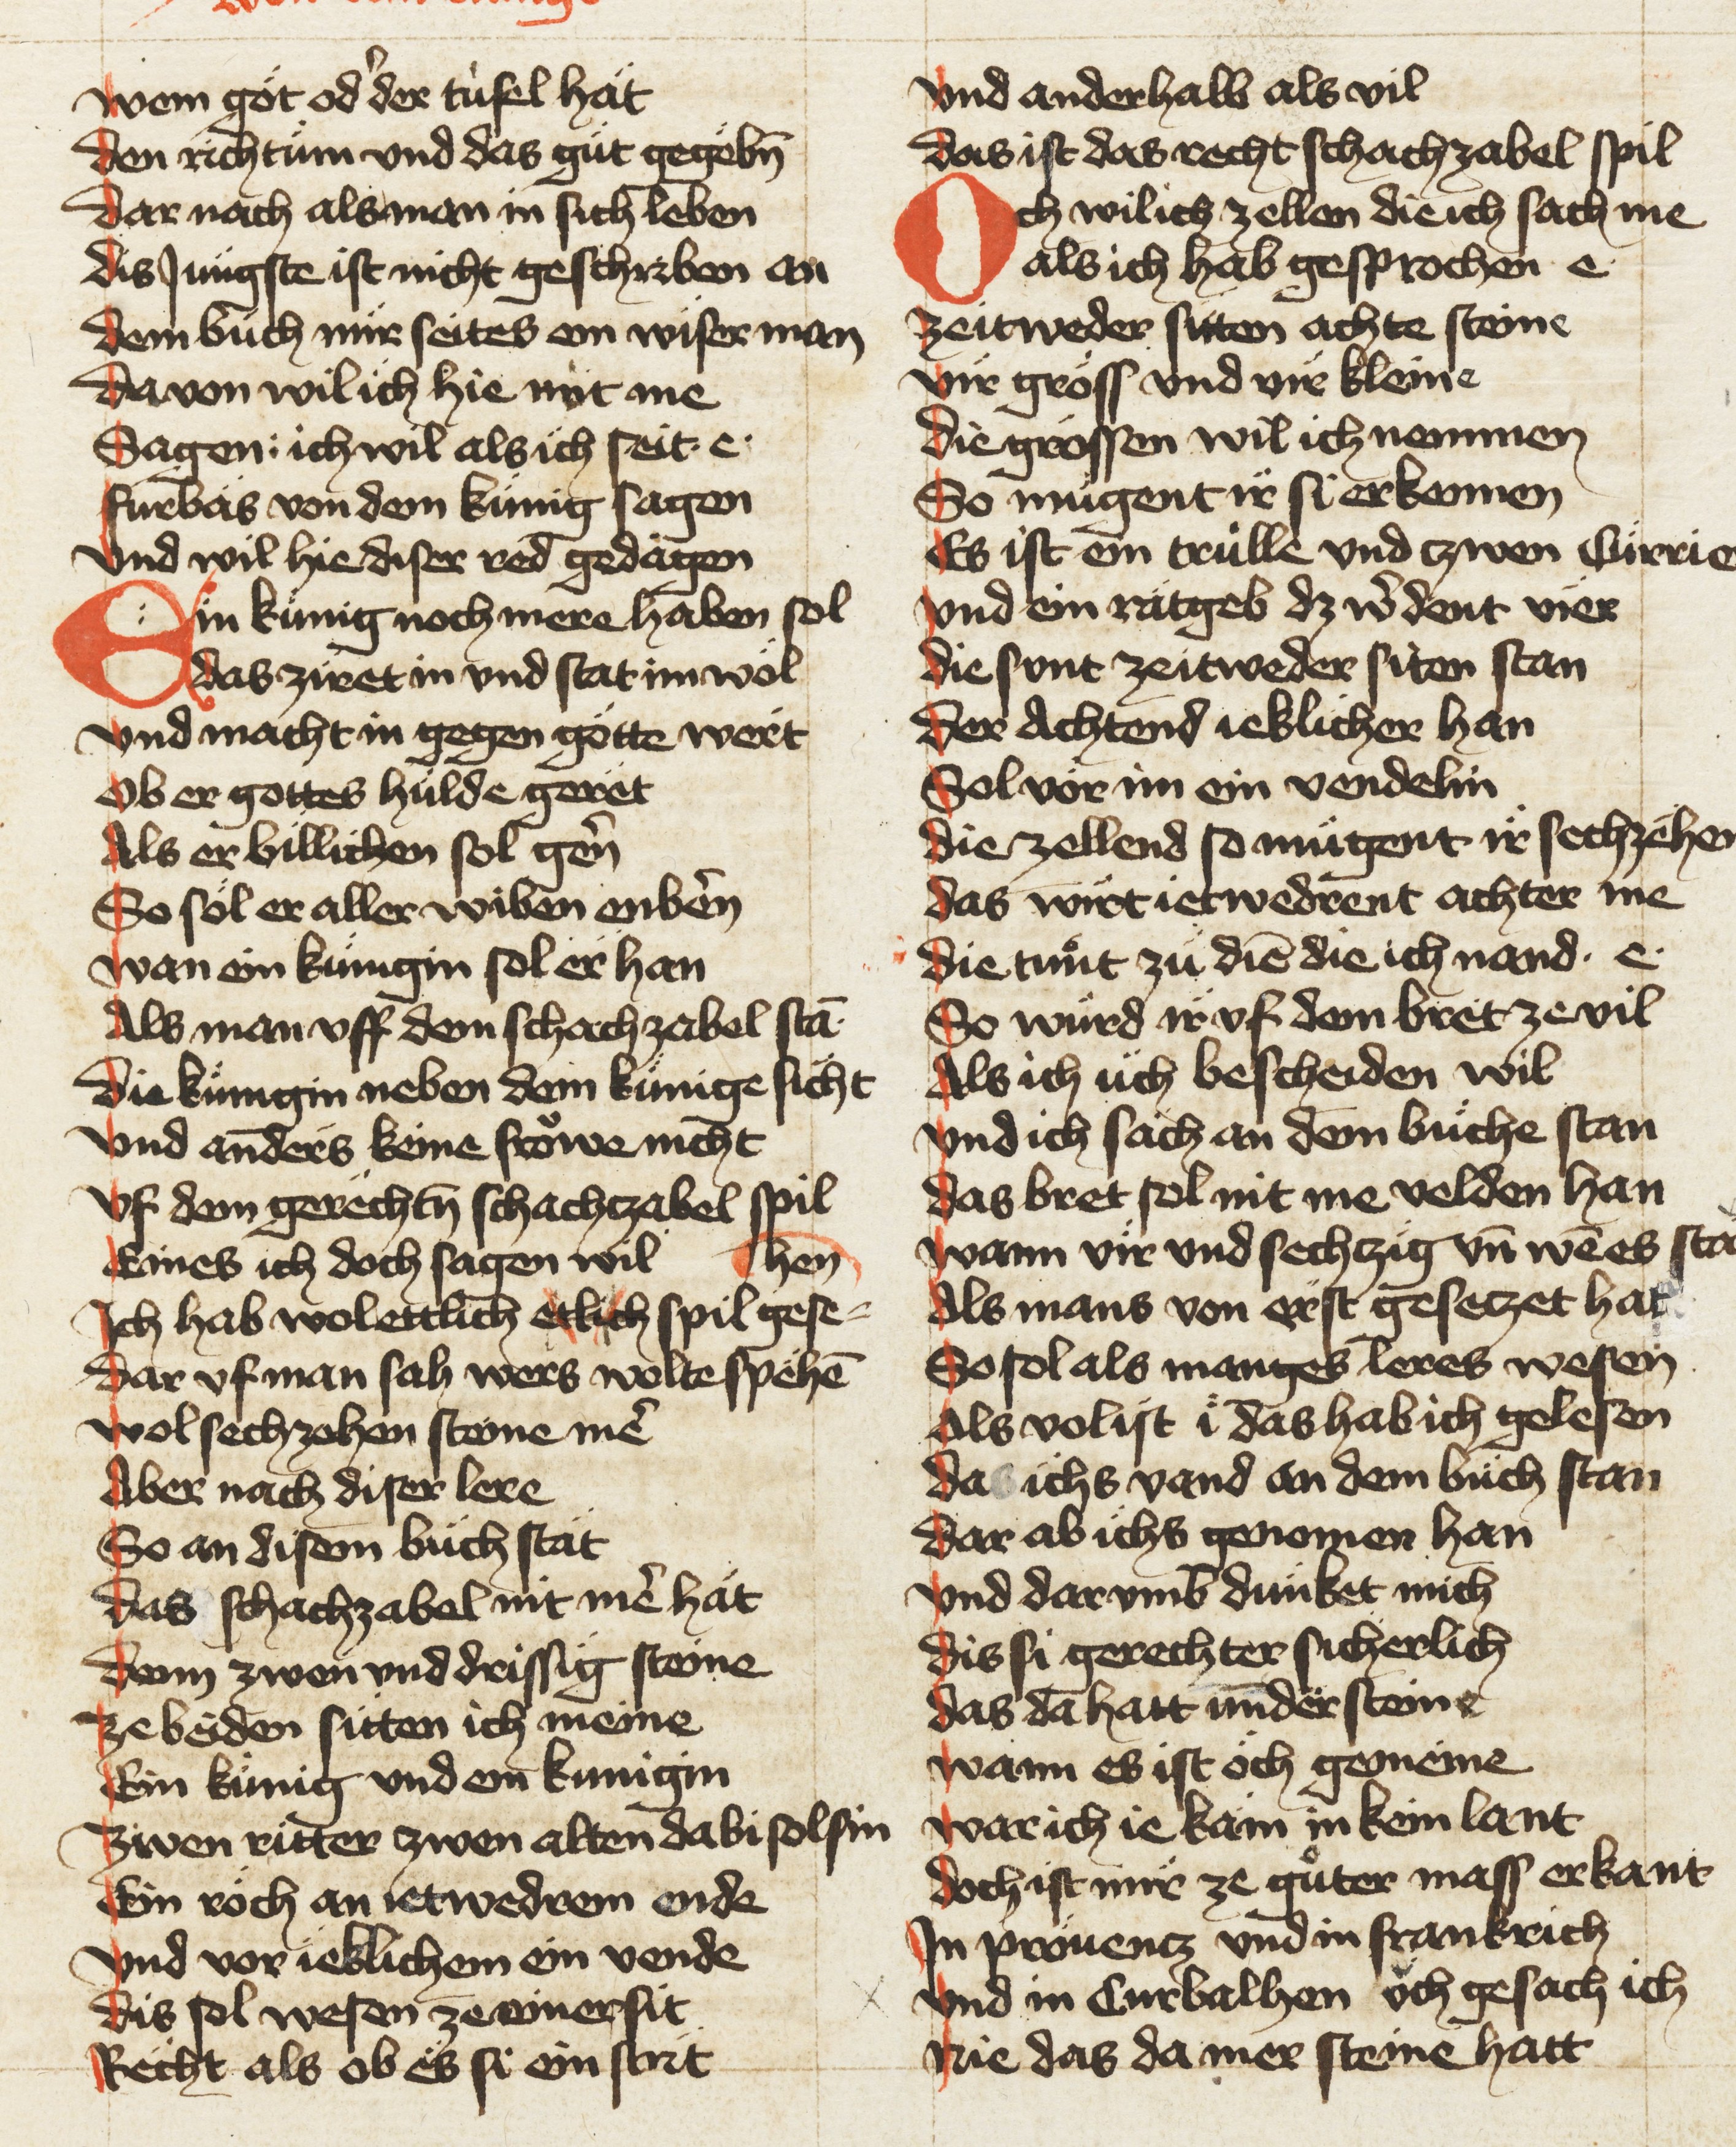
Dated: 1420–1429